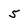
Character: 5